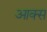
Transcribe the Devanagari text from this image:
आक्स